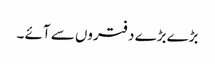
بڑے بڑے دفتروں سے آئے ۔